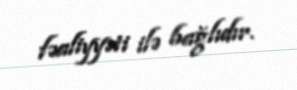
fəaliyyəti ilə bağlıdır.